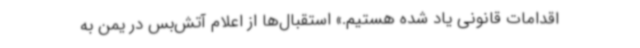
اقدامات قانونی یاد شده هستیم.» استقبال‌ها از اعلام آتش‌بس در یمن به